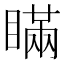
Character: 瞞